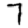
Digit: 7